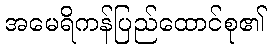
အမေရိကန်ပြည်ထောင်စု၏